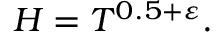
H = T ^ { 0 . 5 + \varepsilon } .